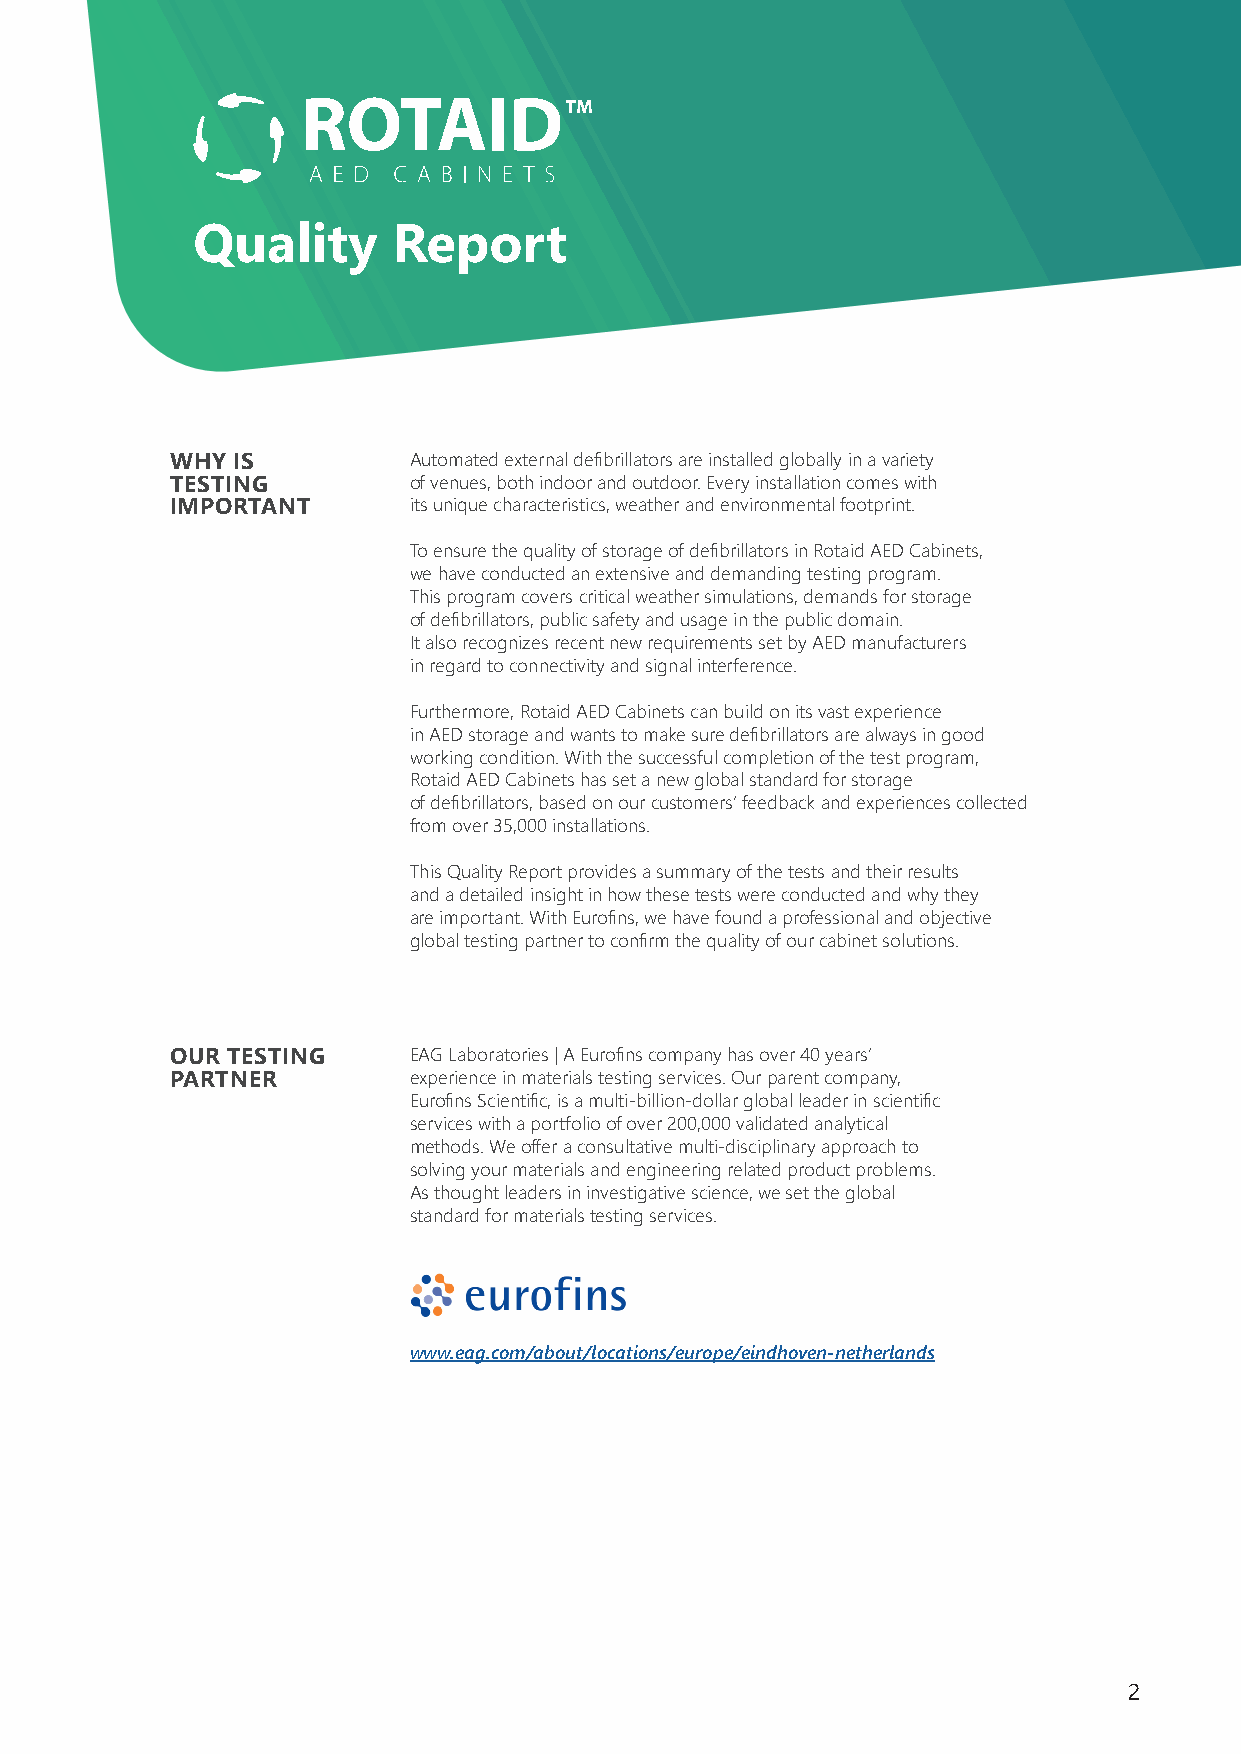
Quality      Report
 WHY IS          Automated external defibrillators are installed globally in a variety
 TESTING         of venues, both indoor and outdoor. Every installation comes with
 IMPORTANT       its unique characteristics, weather and environmental footprint.
 To ensure the quality of storage of defibrillators in Rotaid AED Cabinets,
 we have conducted an extensive and demanding testing program.
 This program covers critical weather simulations, demands for storage
 of defibrillators, public safety and usage in the public domain.
 It also recognizes recent new requirements set by AED manufacturers
 in regard to connectivity and signal interference.
 Furthermore, Rotaid AED Cabinets can build on its vast experience
 in AED storage and wants to make sure defibrillators are always in good
 working condition. With the successful completion of the test program,
 Rotaid AED Cabinets has set a new global standard for storage
 of defibrillators, based on our customers’ feedback and experiences collected
 from over 35,000 installations.
 This Quality Report provides a summary of the tests and their results
 and a detailed insight in how these tests were conducted and why they
 are important. With Eurofins, we have found a professional and objective
 global testing partner to confirm the quality of our cabinet solutions.
 OUR TESTING     EAG Laboratories | A Eurofins company has over 40 years’
 PARTNER         experience in materials testing services. Our parent company,
 Eurofins Scientific, is a multi-billion-dollar global leader in scientific
 services with a portfolio of over 200,000 validated analytical
 methods. We offer a consultative multi-disciplinary approach to
 solving your materials and engineering related product problems.
 As thought leaders in investigative science, we set the global
 standard for materials testing services.
 www.eag.com/about/locations/europe/eindhoven-netherlands
 2